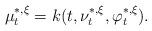
LaTeX: \begin{align*}\mu_t^{*,\xi}=k(t,\nu_t^{*,\xi},\varphi_t^{*,\xi}).\end{align*}